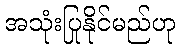
အသုံးပြုနိုင်မည်ဟု